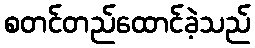
စတင်တည်ထောင်ခဲ့သည်